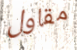
مقاول